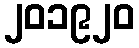
၂၀၁၉၂၀